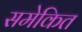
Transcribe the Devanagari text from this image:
समेकित